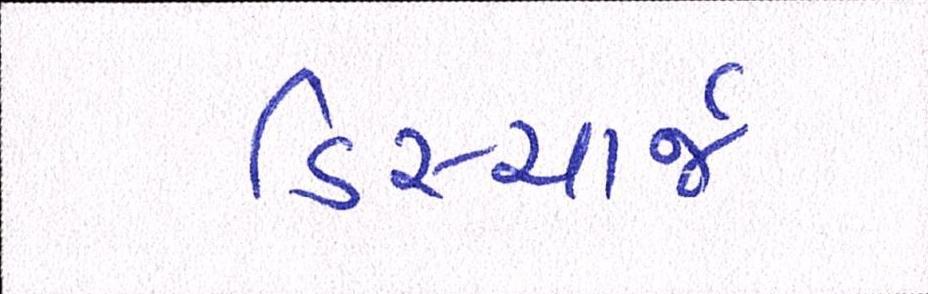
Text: ડિસ્ચાર્જ